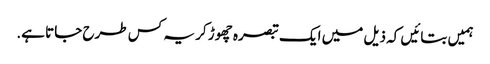
ہمیں بتائیں کہ ذیل میں ایک تبصرہ چھوڑ کر یہ کس طرح جاتا ہے.